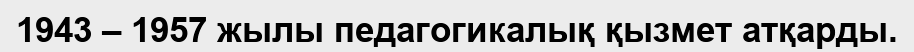
1943 – 1957 жылы педагогикалық қызмет атқарды.